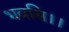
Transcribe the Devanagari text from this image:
भवसि।।